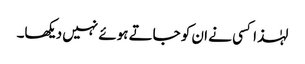
لہٰذا کسی نے ان کو جاتے ہوئے نہیں دیکھا۔